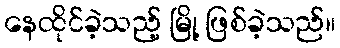
နေထိုင်ခဲ့သည့် မြို့ ဖြစ်ခဲ့သည်။